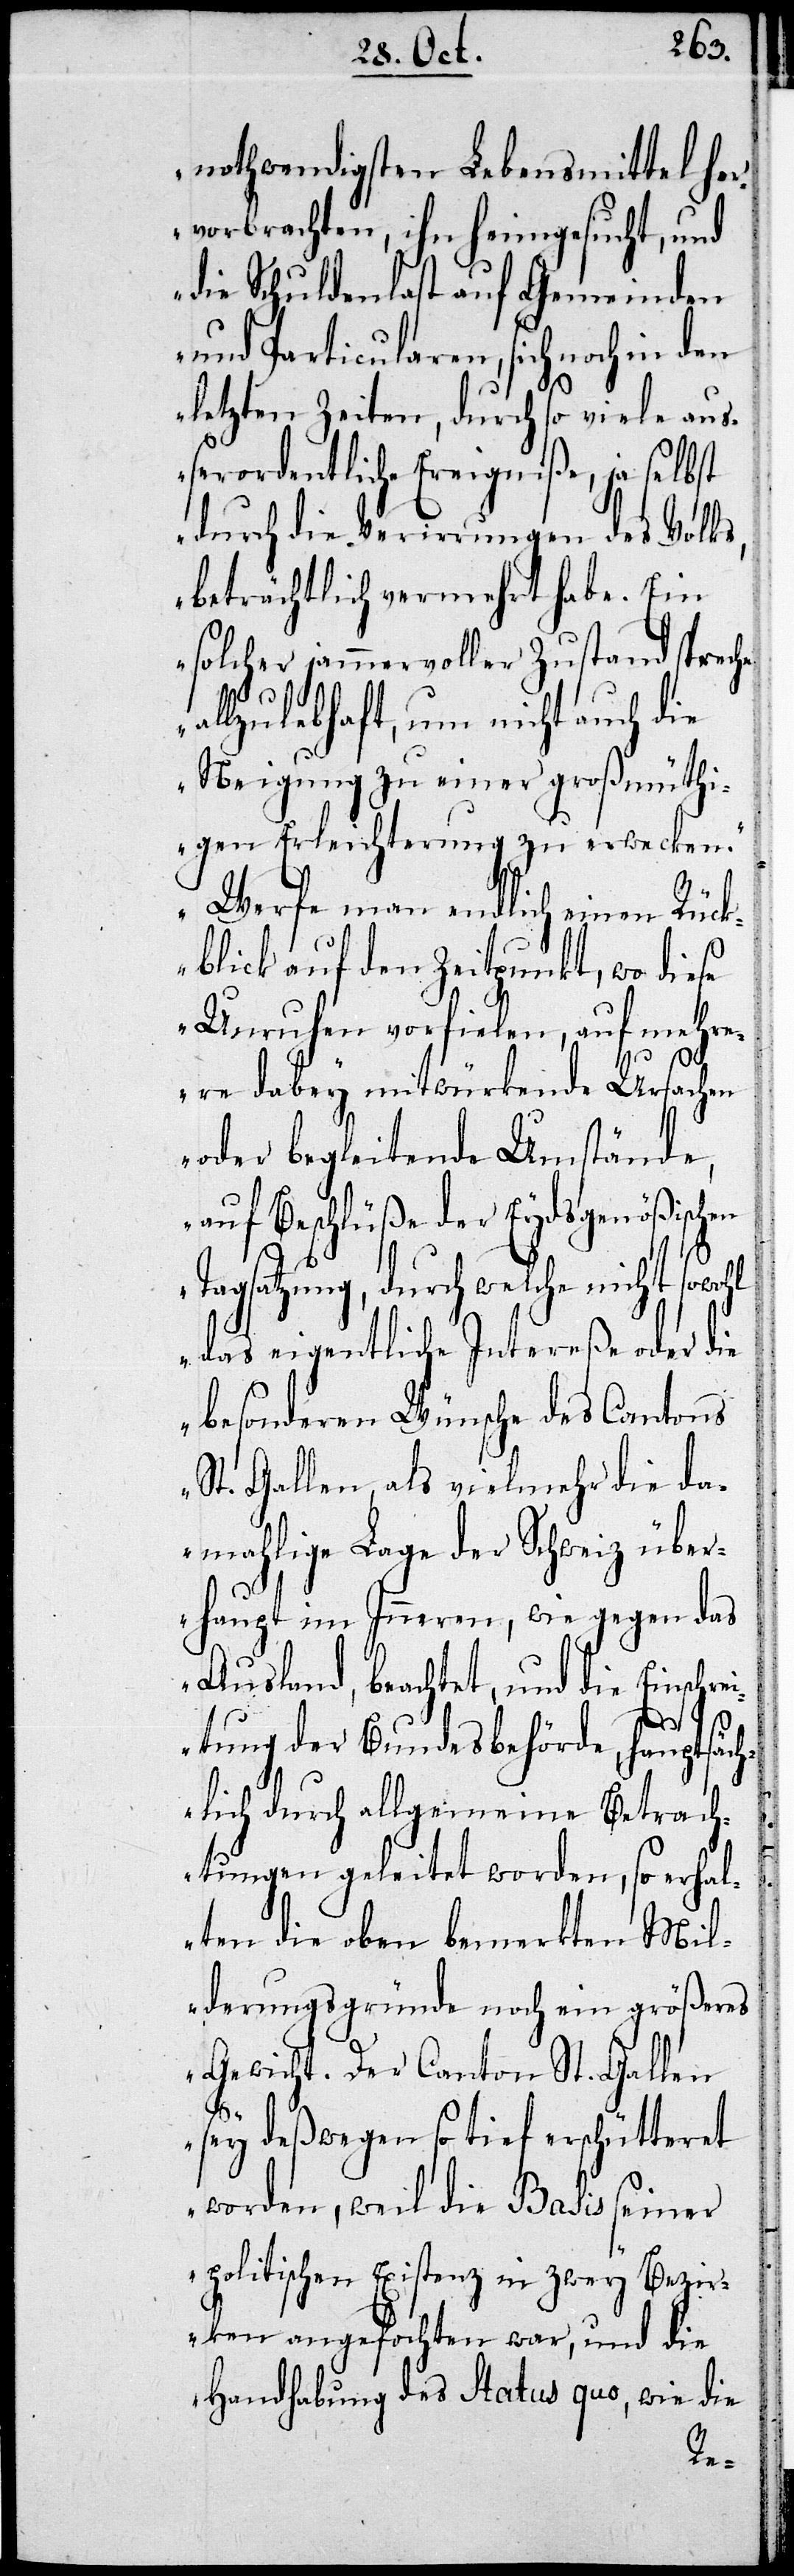
nothwendigsten Lebensmittel her¬
vorbrachten, ihn heimgesucht, und
die Schuldenlast auf Gemeinden
und Particularen, sich noch in den
letzten Zeiten, durch so viele auß¬
erordentliche Ereigniße, ja selbst
durch die Verwirrung des Volks,
beträchtlich vermehret habe. Ein
solcher jammervoller Zustand spreche
allzulebhaft, um nicht auch die
Neigung zu einer großmüthi¬
gen Erleichterung zu erwecken.
Werfe man endlich einen Rück¬
blick auf den Zeitpunkt, wo diese
Unruhen vorfielen, auf mehr¬
ere dabey mitwürkende Ursachen
oder begleitende Umstände,
auf Beschlüße der Eydsgenößischen
Tagsatzung, durch welche nicht sowohl
das eigentliche Intereße oder die
besonderen Wünsche des Cantons
St. Gallen, als vielmehr die da¬
mahlige Lage der Schweiz über¬
haupt im Inneren, wie gegen das
Ausland, beachtet, und die Einschr¬
eitung der Bundesbehörde, hauptsäch¬
lich durch allgemeine Betrach¬
tungen geleitet worden, so erhal¬
ten die oben bemerkten Mil¬
derungsgründe noch ein größeres
Gewicht. Der Canton St. Gallen
sey deßwegen so tief erschütteret
worden, weil die Basis seiner
politischen Existenz in zwey Bezir¬
ken angefochten war, und die
Handhabung des Status Quo, wie die